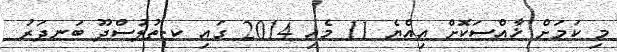
މި ކަމަށް ޚާއްސަކޮށް އިއްޔެ 11 މެއި 2014 ގައި ކ.ތުލުސްދޫ ބަނދަރު